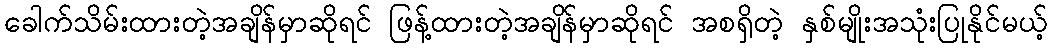
ခေါက်သိမ်းထားတဲ့အချိန်မှာဆိုရင် ဖြန့်ထားတဲ့အချိန်မှာဆိုရင် အစရှိတဲ့ နှစ်မျိုးအသုံးပြုနိုင်မယ့်